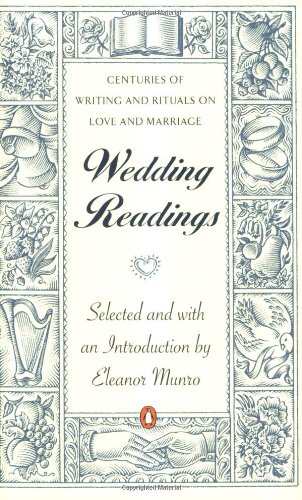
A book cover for Wedding Readings: Centuries of Writing and Rituals on Love and Marriage; Various; Crafts, Hobbies & Home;